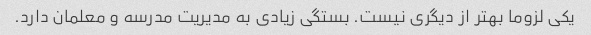
یکی لزوما بهتر از دیگری نیست. بستگی زیادی به مدیریت مدرسه و معلمان دارد.